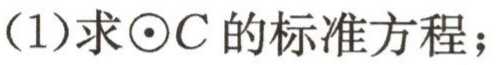
(1)求\(\odot C\)的标准方程；